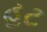
હટ